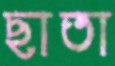
ছাতা